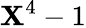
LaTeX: \mathbf{X}^{4}-1